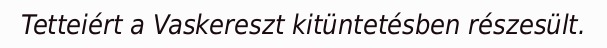
Tetteiért a Vaskereszt kitüntetésben részesült.